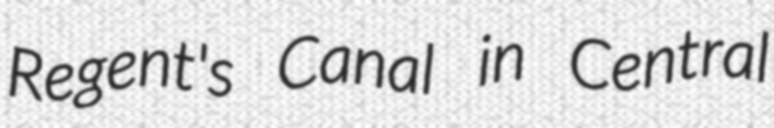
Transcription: Regent's Canal in Central